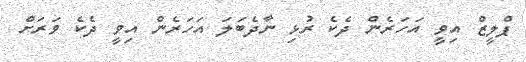
ޕްލީޒް އިވީ އަހަރެން ދެކެ ރުޅި ނާދެބަލަ އަހަރެން އިވީ ދެކެ ވަރަށް